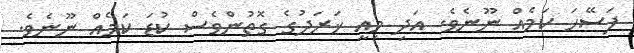
ފަސޭހަ ކަމެއް ނޫނެވެ. އަދި މިއީ ޚަރަދުގެ ގޮތުންވެސް ކުޑަ ކަމެއް ނޫނެވެ.